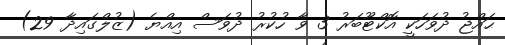
ޙައްޖު ދުވަހަކީ އޮކްޓޫބަރު 3 ވާ ހުކުރު ދުވަސް އިއްޔެ (ޒުލްގައިދާ 29)